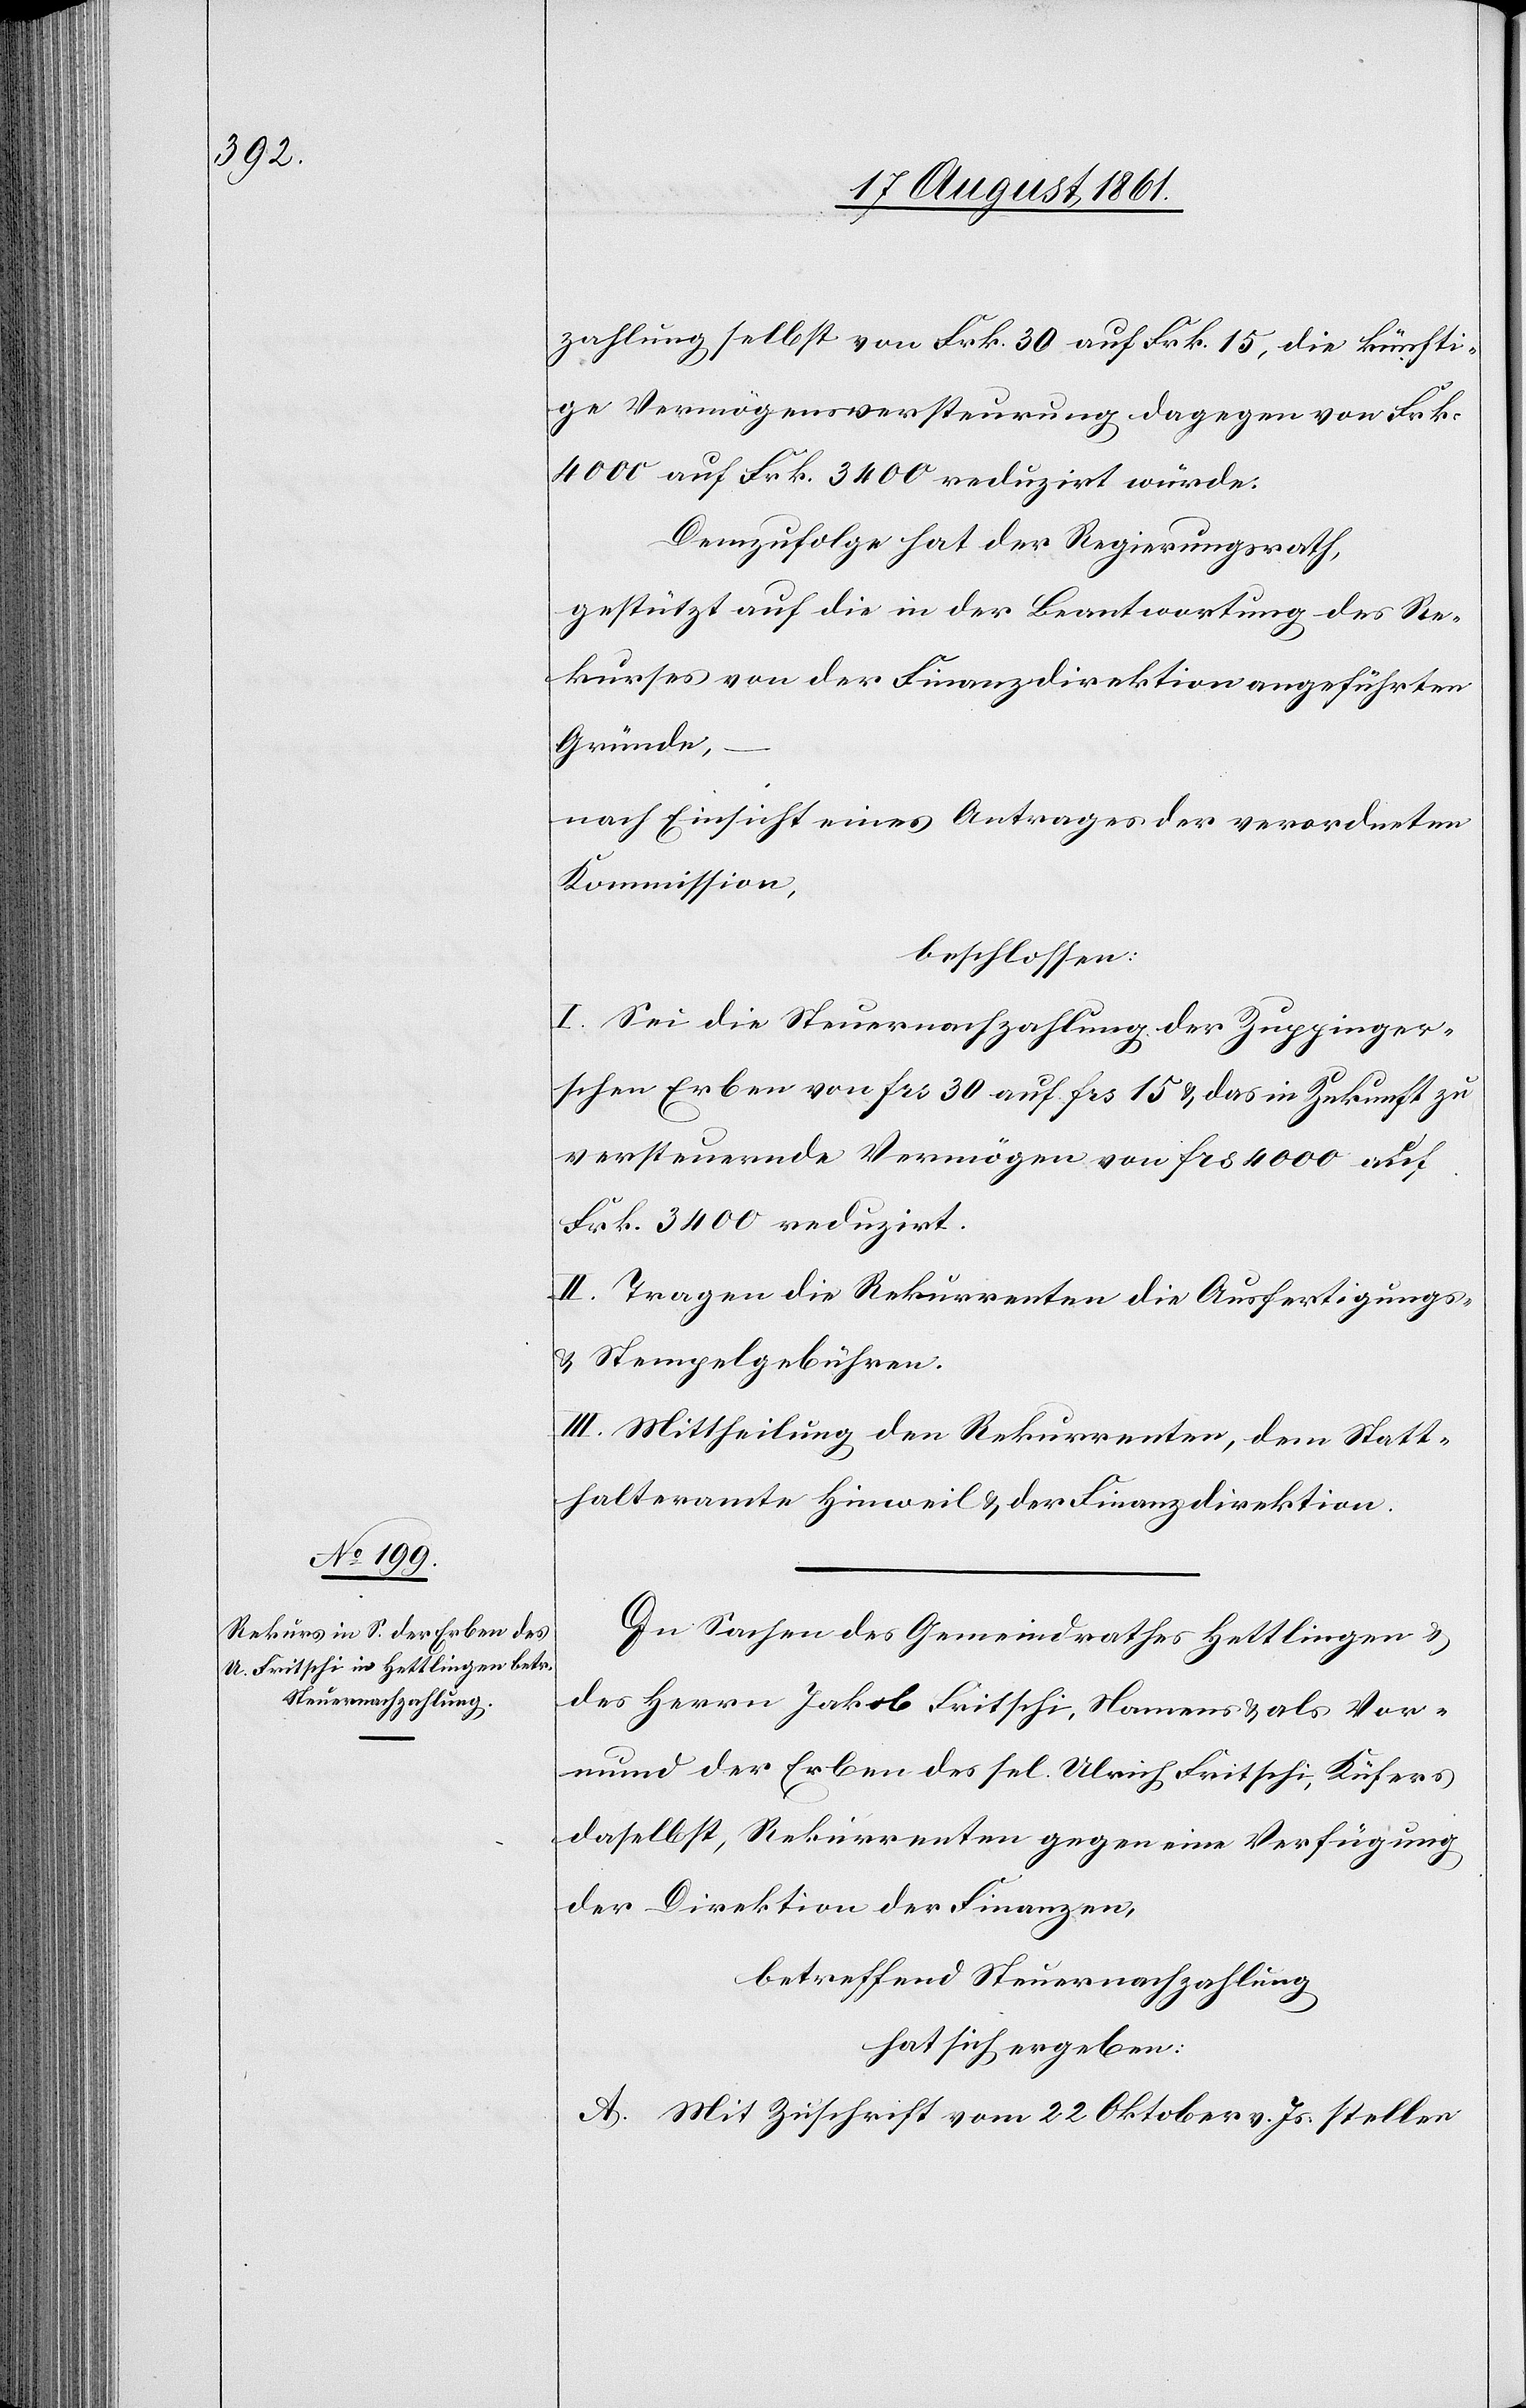
zahlung selbst von Frk. 30 auf Frk. 15, die künfti¬
ge Vermögensversteurung dagegen von Frk.
4000 auf Frk. 3400 reduzirt würde.
Demzufolge hat der Regierungsrath
Gestützt auf die in der Beantwortung des Re¬
kurses von der Finanzdirektion angeführten
Gründe,
nach Einsicht eines Antrages der verordneten
Kommission,
beschlossen:
I. Sei die Steuernachzahlung der Zuppinger¬
schen Erben von frs 30 auf frs 15 u. das in Zukunft zu
versteuernde Vermögen von frs 4000 auf
Frk. 3400 reduzirt.
II. Tragen die Rekurrenten die Ausfertigungs-
u. Stempelgebühren.
III. Mittheilung den Rekurrenten, dem Statt¬
halteramte Hinweil u. der Finanzdirektion.
In Sachen des Gemeindrathes Hottingen,
der Herrn Jakob Fritschi, Namens u. als Vor¬
mund der Erben des sel. Ulrich Fritschi, Küfers
daselbst, Rekurrenten gegen eine Verfügung
der Direktion der Finanzen,
betreffend Steuernachzahlung
hat sich ergeben:
A. Mit Zuschrift vom 22 Oktober v. Js. stellen